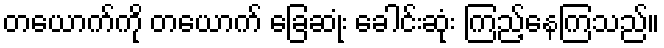
တယောက်ကို တယောက် ခြေဆုံး ခေါင်းဆုံး ကြည့်နေကြသည်။